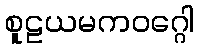
စူဠယမကဝဂ္ဂေါ